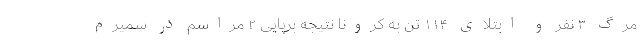
مرگ ۳ نفر و ابتلای ۱۱۴ تن به کرونا نتیجه برپایی ۲ مراسم در سمیرم